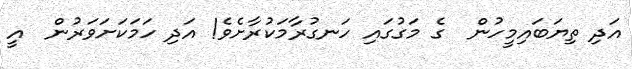
އަދި ތިޔަބައިމީހުން  ގެ މަގުގައި ހަނގުރާމަކުރާށެވެ! އަދި ހަމަކަށަވަރުން  އީ